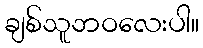
ချစ်သူဘဝလေးပါ။